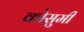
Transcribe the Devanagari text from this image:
कोसुमी